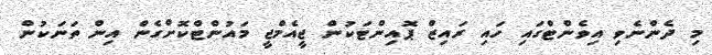
މި ދެންނެވި އިވެންޓްގައި ހައި ރައިޒް ޕޮއިންޓަކުން ޖީއެމްޖީ މައުންޓްކޮށްގެން އިން ތަނަކުން